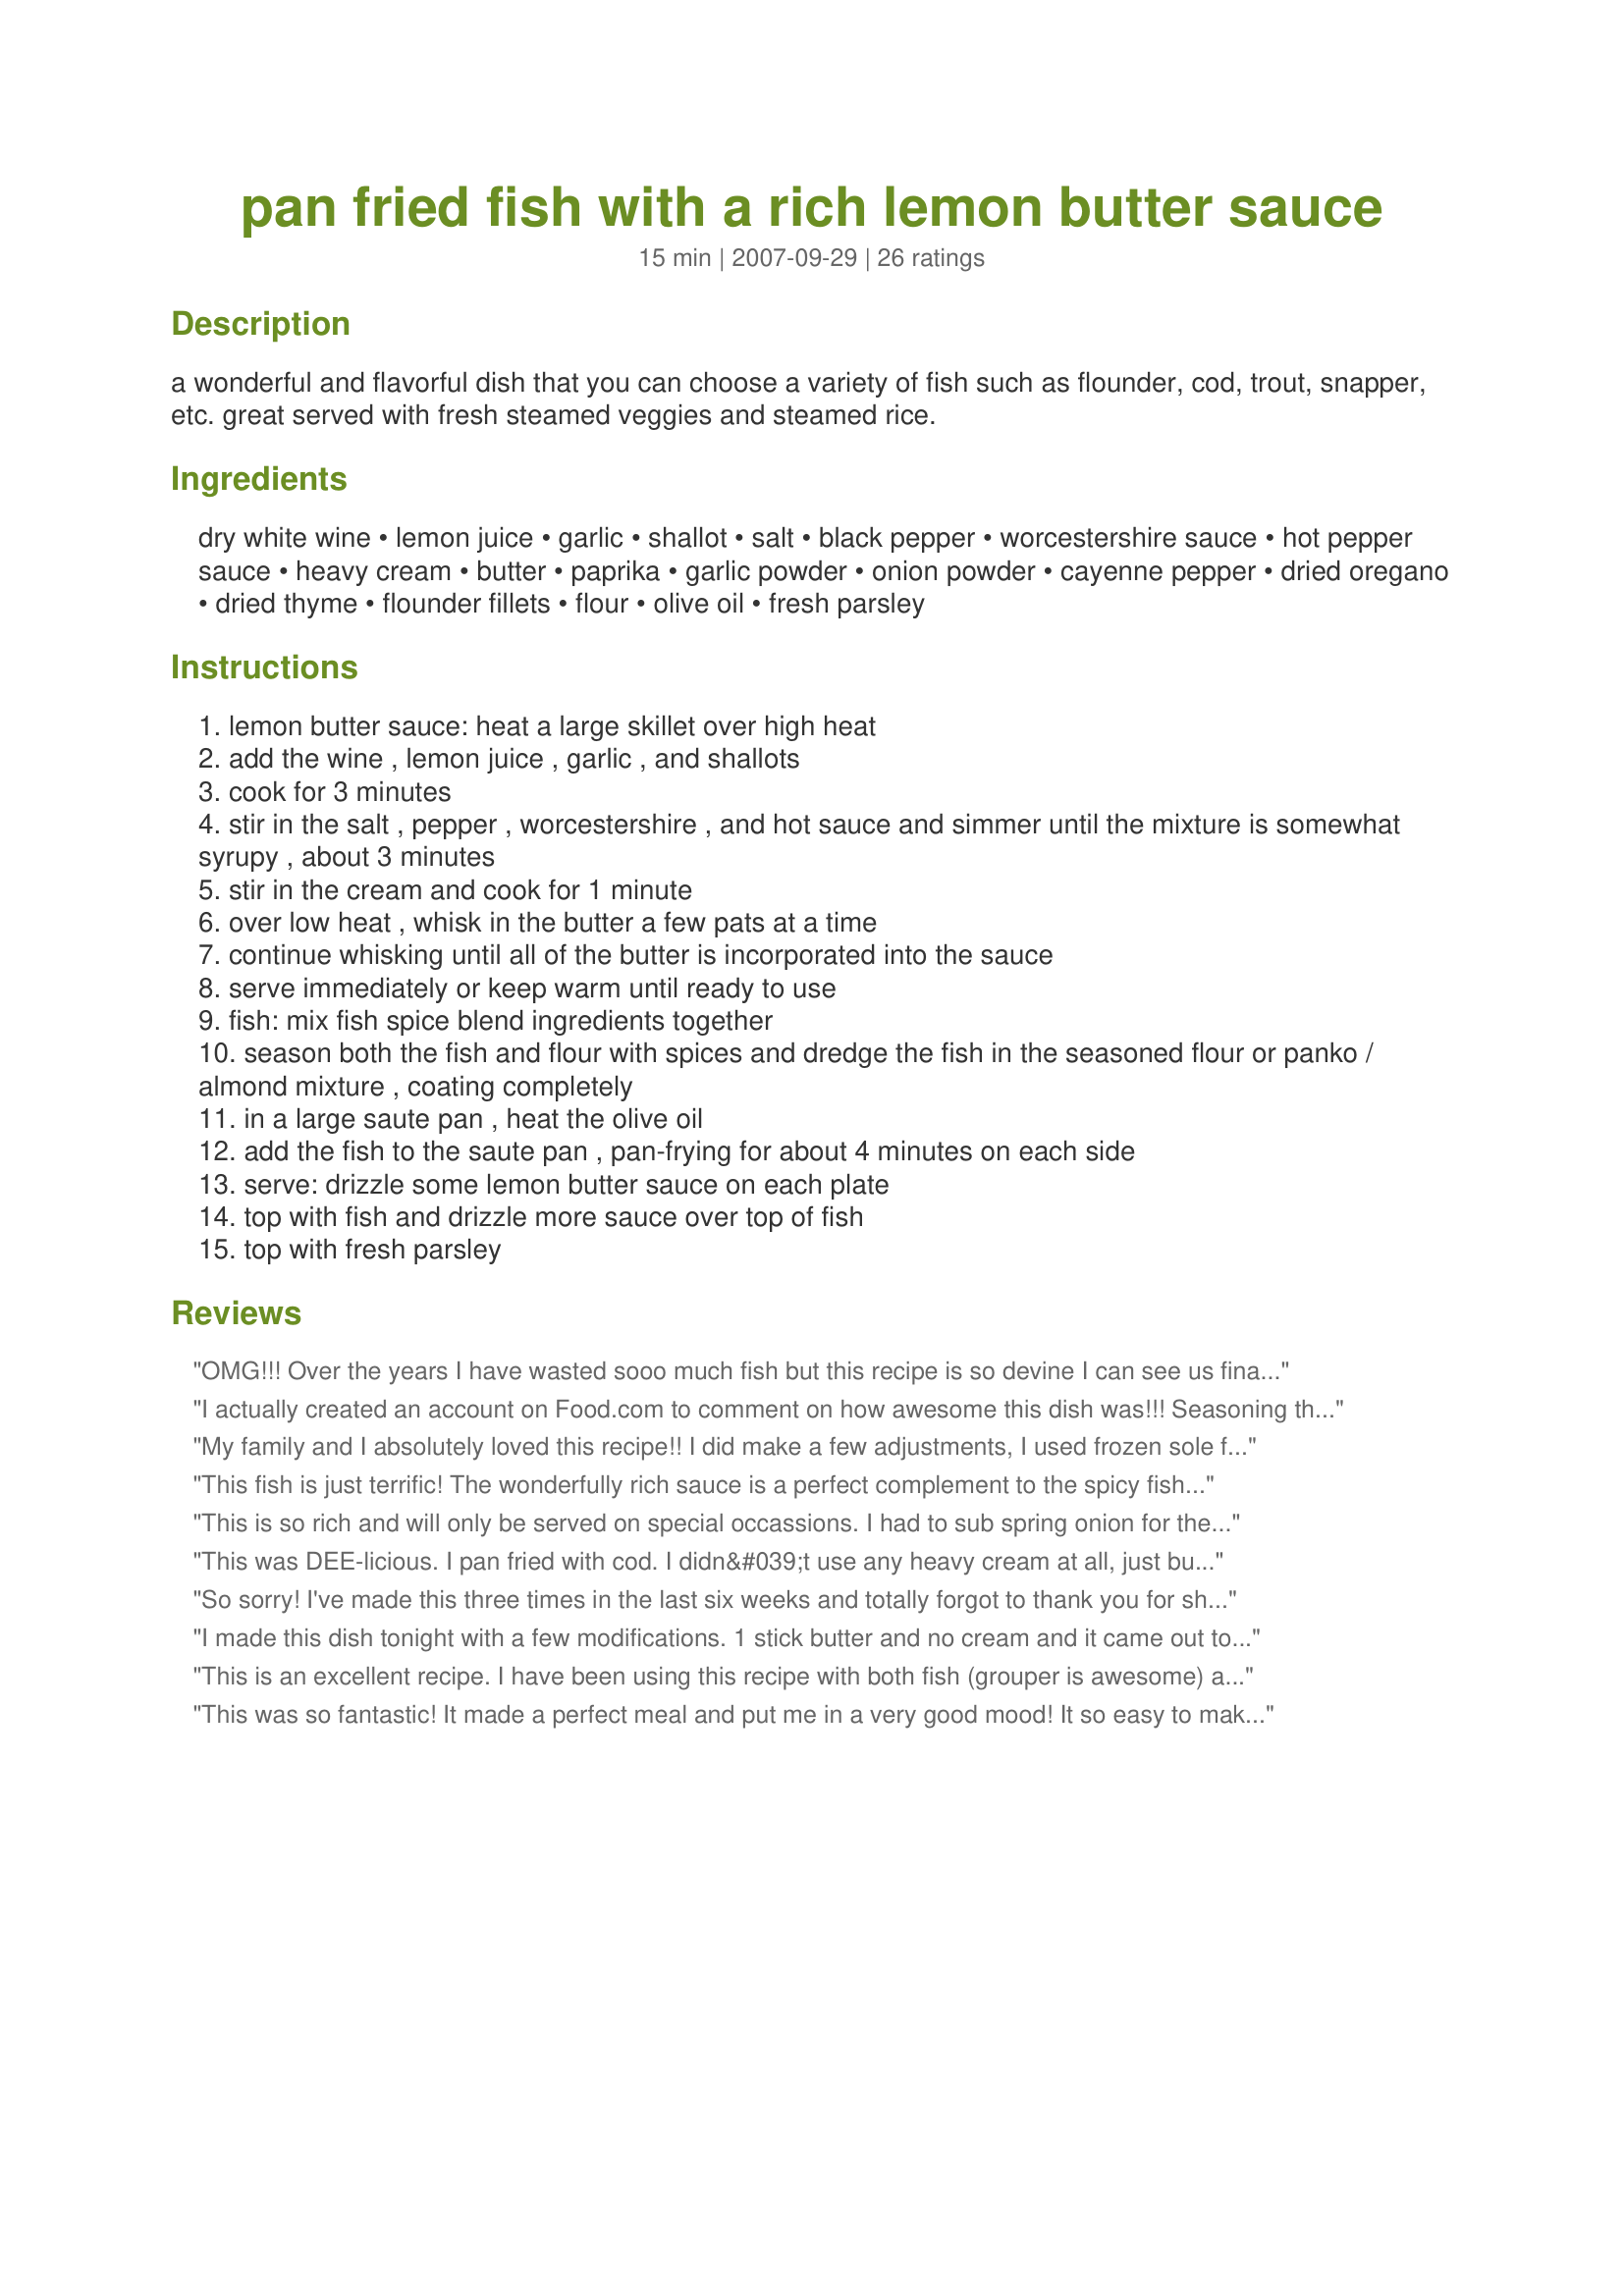
pan fried fish with a rich lemon butter sauce
Preparation time: 15 minutes

a wonderful and flavorful dish that you can choose a variety of fish such as flounder, cod, trout, snapper, etc. great served with fresh steamed veggies and steamed rice.

Ingredients:
dry white wine, lemon juice, garlic, shallot, salt, black pepper, worcestershire sauce, hot pepper sauce, heavy cream, butter, paprika, garlic powder, onion powder, cayenne pepper, dried oregano, dried thyme, flounder fillets, flour, olive oil, fresh parsley

Steps:
lemon butter sauce: heat a large skillet over high heat
add the wine , lemon juice , garlic , and shallots
cook for 3 minutes
stir in the salt , pepper , worcestershire , and hot sauce and simmer until the mixture is somewhat syrupy , about 3 minutes
stir in the cream and cook for 1 minute
over low heat , whisk in the butter a few pats at a time
continue whisking until all of the butter is incorporated into the sauce
serve immediately or keep warm until ready to use
fish: mix fish spice blend ingredients together
season both the fish and flour with spices and dredge the fish in the seasoned flour or panko / almond mixture , coating completely
in a large saute pan , heat the olive oil
add the fish to the saute pan , pan-frying for about 4 minutes on each side
serve: drizzle some lemon butter sauce on each plate
top with fish and drizzle more sauce over top of fish
top with fresh parsley

Reviews:
OMG!!! Over the years I have wasted sooo much fish but this recipe is so devine I can see us finally eating fish on a regular basis. I had a lot of sauce left over so Im going to see how it freezes.
I actually created an account on Food.com to comment on how awesome this dish was!!! Seasoning the fish first, in addition to the flour, made an incredible difference! The sauce is seriously kick-butt. My husband and I made this together, he did the sauce and I did the fish and rice. We had a blast and dinner was phenomenal. THANK YOU!
My family and I absolutely loved this recipe!! I did make a few adjustments, I used frozen sole fillets we bought in bulk at Smith's, I left out the hot sauce and only added a sprinkle of cayenne to the rub, a few members of my family cannot handle anything too spicy. I also added a pinch or so of sugar to the sauce to cut a bit of the tang. That sauce was to die for. I wanted to upload a photo but our plates were nearly licked clean by the time they touched the table. I will be making this again and submitting a photo (: Thank you for the amazing recipe, 2bleu!!
This fish is just terrific! The wonderfully rich sauce is a perfect complement to the spicy fish. I lightened it up just a bit by using milk and light butter for the sauce and it was still devine. This is a restaurant-quality dish and not too hard to make - thanks for posting this recipe!
This is so rich and will only be served on special occassions. I had to sub spring onion for the shallot and omit the onion powder due to allergy issues and got about half way through adding the butter and stopped and it was still plenty rich enough for us. There was more than enough sauce for all of us, so will halve the recipe when next making (with a quarter of the butter). Very rich glossy and tasty. Thank you 2Bleu (Bird&Buddha), made for Please Review My Recipe.
This was DEE-licious. I pan fried with cod. I didn&#039;t use any heavy cream at all, just butter. I served with brown rice. Next time I would also slightly cut down on the lemon (if not using heavy cream since it didn&#039;t get diluted enough and the sauce was a bit tangy-but still good!). Great meal - a bit messy in prep, but overall just wonderful.
So sorry! I've made this three times in the last six weeks and totally forgot to thank you for sharing this recipe. We absolutely LOVED it with fresh grouper and then another time with chicken breasts. Great sauce and so very flexible. I do use Fat Free half&half, though, to make it a little less fattening. Ha! Love the butter.
I made this dish tonight with a few modifications. 1 stick butter and no cream and it came out to die for. my husband picky eater and seafood snob said it was best he ever had and that if it was at restaurant he would go back every week. it was really good!! fish cooked perfect and flaky. browned just right. used cod so its delicate and have to be careful when transferring to plate. will add this to weekly dinner rotation.
This is an excellent recipe. I have been using this recipe with both fish (grouper is awesome) and chicken for the past year, I just thought I would let you know how much my husband and I love it!
This was so fantastic! It made a perfect meal and put me in a very good mood! It so easy to make too. I used haddock for this and since I already had it, I subbed half and half for the heavy cream. The sauce is so flavorful and compliments the fish perfectly. I'll add a dash more hot sauce for us next time.
This was absolutely delicious!! I am always looking for easy recipes to add variety to my menu and this was GREAT!
Mixed the spice-rub with flour and pan fried in olive oil. Will omit sauce in future.
The rub was wonderful, although added to much of the rub to the fish and it was very spicey! Loved the fact that the fish was tender and crisp which i like. Didn't care for the sauce to much lemon to tart.<br/>Will be using the rub but not the sauce. thank you for posting.
Fabulous recipe! The sauce was easy to make and the spice rub was very flavorful. My husband loved it even though he's not a big fan of cod. Spicing the fish AND the flour is a great technique. This is a keeper! Thank you!
This is amazing although I must admit I only used one stick of butter. I especially love the spice blend.
Oh My God! SO AMAZING! will make this often! Restaurant quality! Cut down on the spices for the rub by half. In my 1/2 cup measurer, I put 2 Tblsp of cornstarch, then added flour to make 1/2 cup. Fish had a nice deep golden colored crispy sear, but tender inside. PERFECT!!! The sauce was perfect following the recipe, although I used the juice of 1 regular lemon and the juice of 1 Meyer lemon, and the wine I chose was Dr. Loosen Reisling.
Oh, this was soooooo good. The only thing different I did was to make double the spice mix, because I like my fish really, really spiced. And I didn't photo, because for some reason, my fish fell completely apart when I turned it.....Besides, there are some great photos posted, already. Thnx for sharing your great recipe, 2Bleu. Made for French Forum HOTM Mar 2010.
Omg!!! All I can say, Lol. I made this tonight for dinner and it was hit in my house. My husband really enjoyed it!! I will suggest this to anyone
This was fantastic!!!!!!!!!It tasted like a dish from a five-star restaurant. I used tilapia and it turned out great. The sauce was wonderful. Like another viewer, I'm going to try to freeze my leftover sauce. Made for I Recommend Tag.
We really enjoyed this fish rub. It was fantastic! The best we have had. We will be using this a lot. Thanks for posting this recipe.
What a tasty way to serve fish. The lemon butter sauce was TOO good! The mixture of all of the spices was just devine. I went a little heavy handed on the spices for the fish, and added a bit of the leftover spice blend to the sauce. This is a great recipe!
Delicious! We had some thick cod filets in freezer and used those, serving it with rice pilaf and asparagus. The cod took a little longer to cook, so we turned down the heat and covered the pan until it was at 145 degrees. Moist and flaky! For folks who complained the sauce had too much lemon or acid, ignore the timing and cook the wine/lemon juice down by half. Using heavy cream, the sauce didn't break. Stirring in cold butter at the end gave us a smooth, creamy sauce. I use cold butter to finish all my pan sauces, and they're always silky, never broken. Keep whisking until each piece of butter is fully incorporated. Heeding others who said the seasoning was too heavy, we dusted the fish and mixed most of the seasoning into the flour. Next time we'll use more of it on the fish. I tossed some parsley into the sauce right before the fish came out of the pan. So good, and we are happy to add this sauce into our rotation.
Way, way, way too much butter. Bit too much garlic too. The butter is about all we could taste. Reduce it to about a third of what is mentioned and maybe it will be better next time.
Made this and I did cut the butter down a little and used half-n-half but otherwise followed the instructions and this was delicious. I used tilapia (that is what we had) and served with recipe#255422#255422 and rice. Yummy. Thank you for posting. Made for 2013 Zaar Cookbook Tag.
This is our family&#039;s new favorite recipe for tilapia, cod, halibut etc. the sauce is fantastic and super easy to put together and the spice rub is perfect although you need to use the right amount for your taste. I sprinkle a light amount on the fish and some in with the flour but if you prefer a stronger taste you could go heavier. I agree that it leaves a bit of a mess to clean up but it is sooooo worth it!
I found this recipe while looking for sauces. I seasoned my fish differently, and cooked it just fine. but I followed the directions as weitten, and my sauce curdled as soon as the dairy hit the lemon. I had a feeling the times weren't quite right, so I simmered the pan longer than it said to do. still, instant curdle and splash on my hand from the backlash. not okay.
